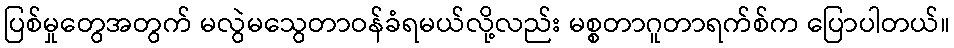
ပြစ်မှုတွေအတွက် မလွဲမသွေတာဝန်ခံရမယ်လို့လည်း မစ္စတာဂူတာရက်စ်က ပြောပါတယ်။